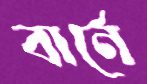
বার্নে